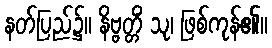
နတ်ပြည်၌။ နိဗ္ဗတ္တိံ သု၊ ဖြစ်ကုန်၏။